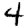
Digit: 4